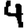
Digit: 4